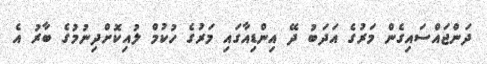
ދަންޖައްސައިގެން މަރުގެ އަދަބު ދޭ އިންޑިއާގައި މަރުގެ ހުކުމް ލުއިކޮށްދިނުމުގެ ބާރު އެ